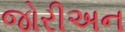
જોરીઅન